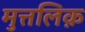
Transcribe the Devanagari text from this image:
मुत्तलिक़